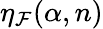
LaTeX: \eta_{\mathcal{F}}(\alpha,n)